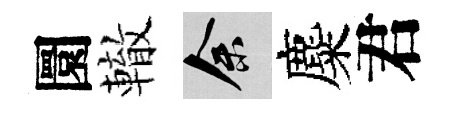
圜轍余麋君